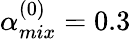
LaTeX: \alpha_{mix}^{(0)}=0.3